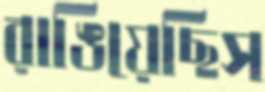
রাঙিয়েছিস